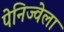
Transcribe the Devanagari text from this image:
पेनिज्वेला